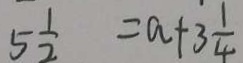
5 \frac { 1 } { 2 } = a + 3 \frac { 1 } { 4 }